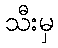
သီးမှ